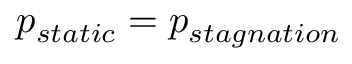
p _ { s t a t i c } = p _ { s t a g n a t i o n }